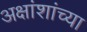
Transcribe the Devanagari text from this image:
अक्षांशांच्या